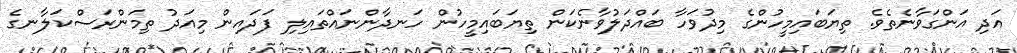
އަދި އަންގަވާނެތެވެ. ތިޔަބައިމީހުންގެ މިދުވަހާ ބައްދަލުވާނެކަން ތިޔަބައިމީހުން ހަނދާންނައްތައިލި ފަދައިން މިއަދު ތިމަންރަސްކަލާނގެ